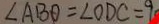
\angle A B O = \angle O D C = 9 0